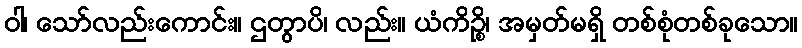
ဝါ၊ သော်လည်းကောင်း။ ဌတွာပိ၊ လည်း။ ယံကိဉ္စိ၊ အမှတ်မရှိ တစ်စုံတစ်ခုသော။